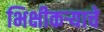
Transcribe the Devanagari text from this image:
भिक्षीकऱ्याचे